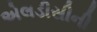
એલડીસીની